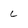
Character: L